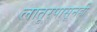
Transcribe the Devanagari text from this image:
लातूरपासूनही